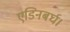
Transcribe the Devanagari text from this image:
एडिनबर्घ।